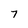
Character: 7